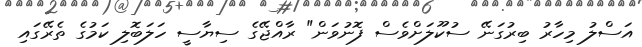
އަސްލު މިހާރު ބިރުގަނޭ ސުކޫލަށްވެސް ފޮނުވަން" ރާއްޖޭގެ ސިޔާސީ ހަލަބޮލި ކަމުގެ ތެރޭގައި